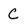
Character: C